V__Kingissepa_nim__kolhoos, lk 12
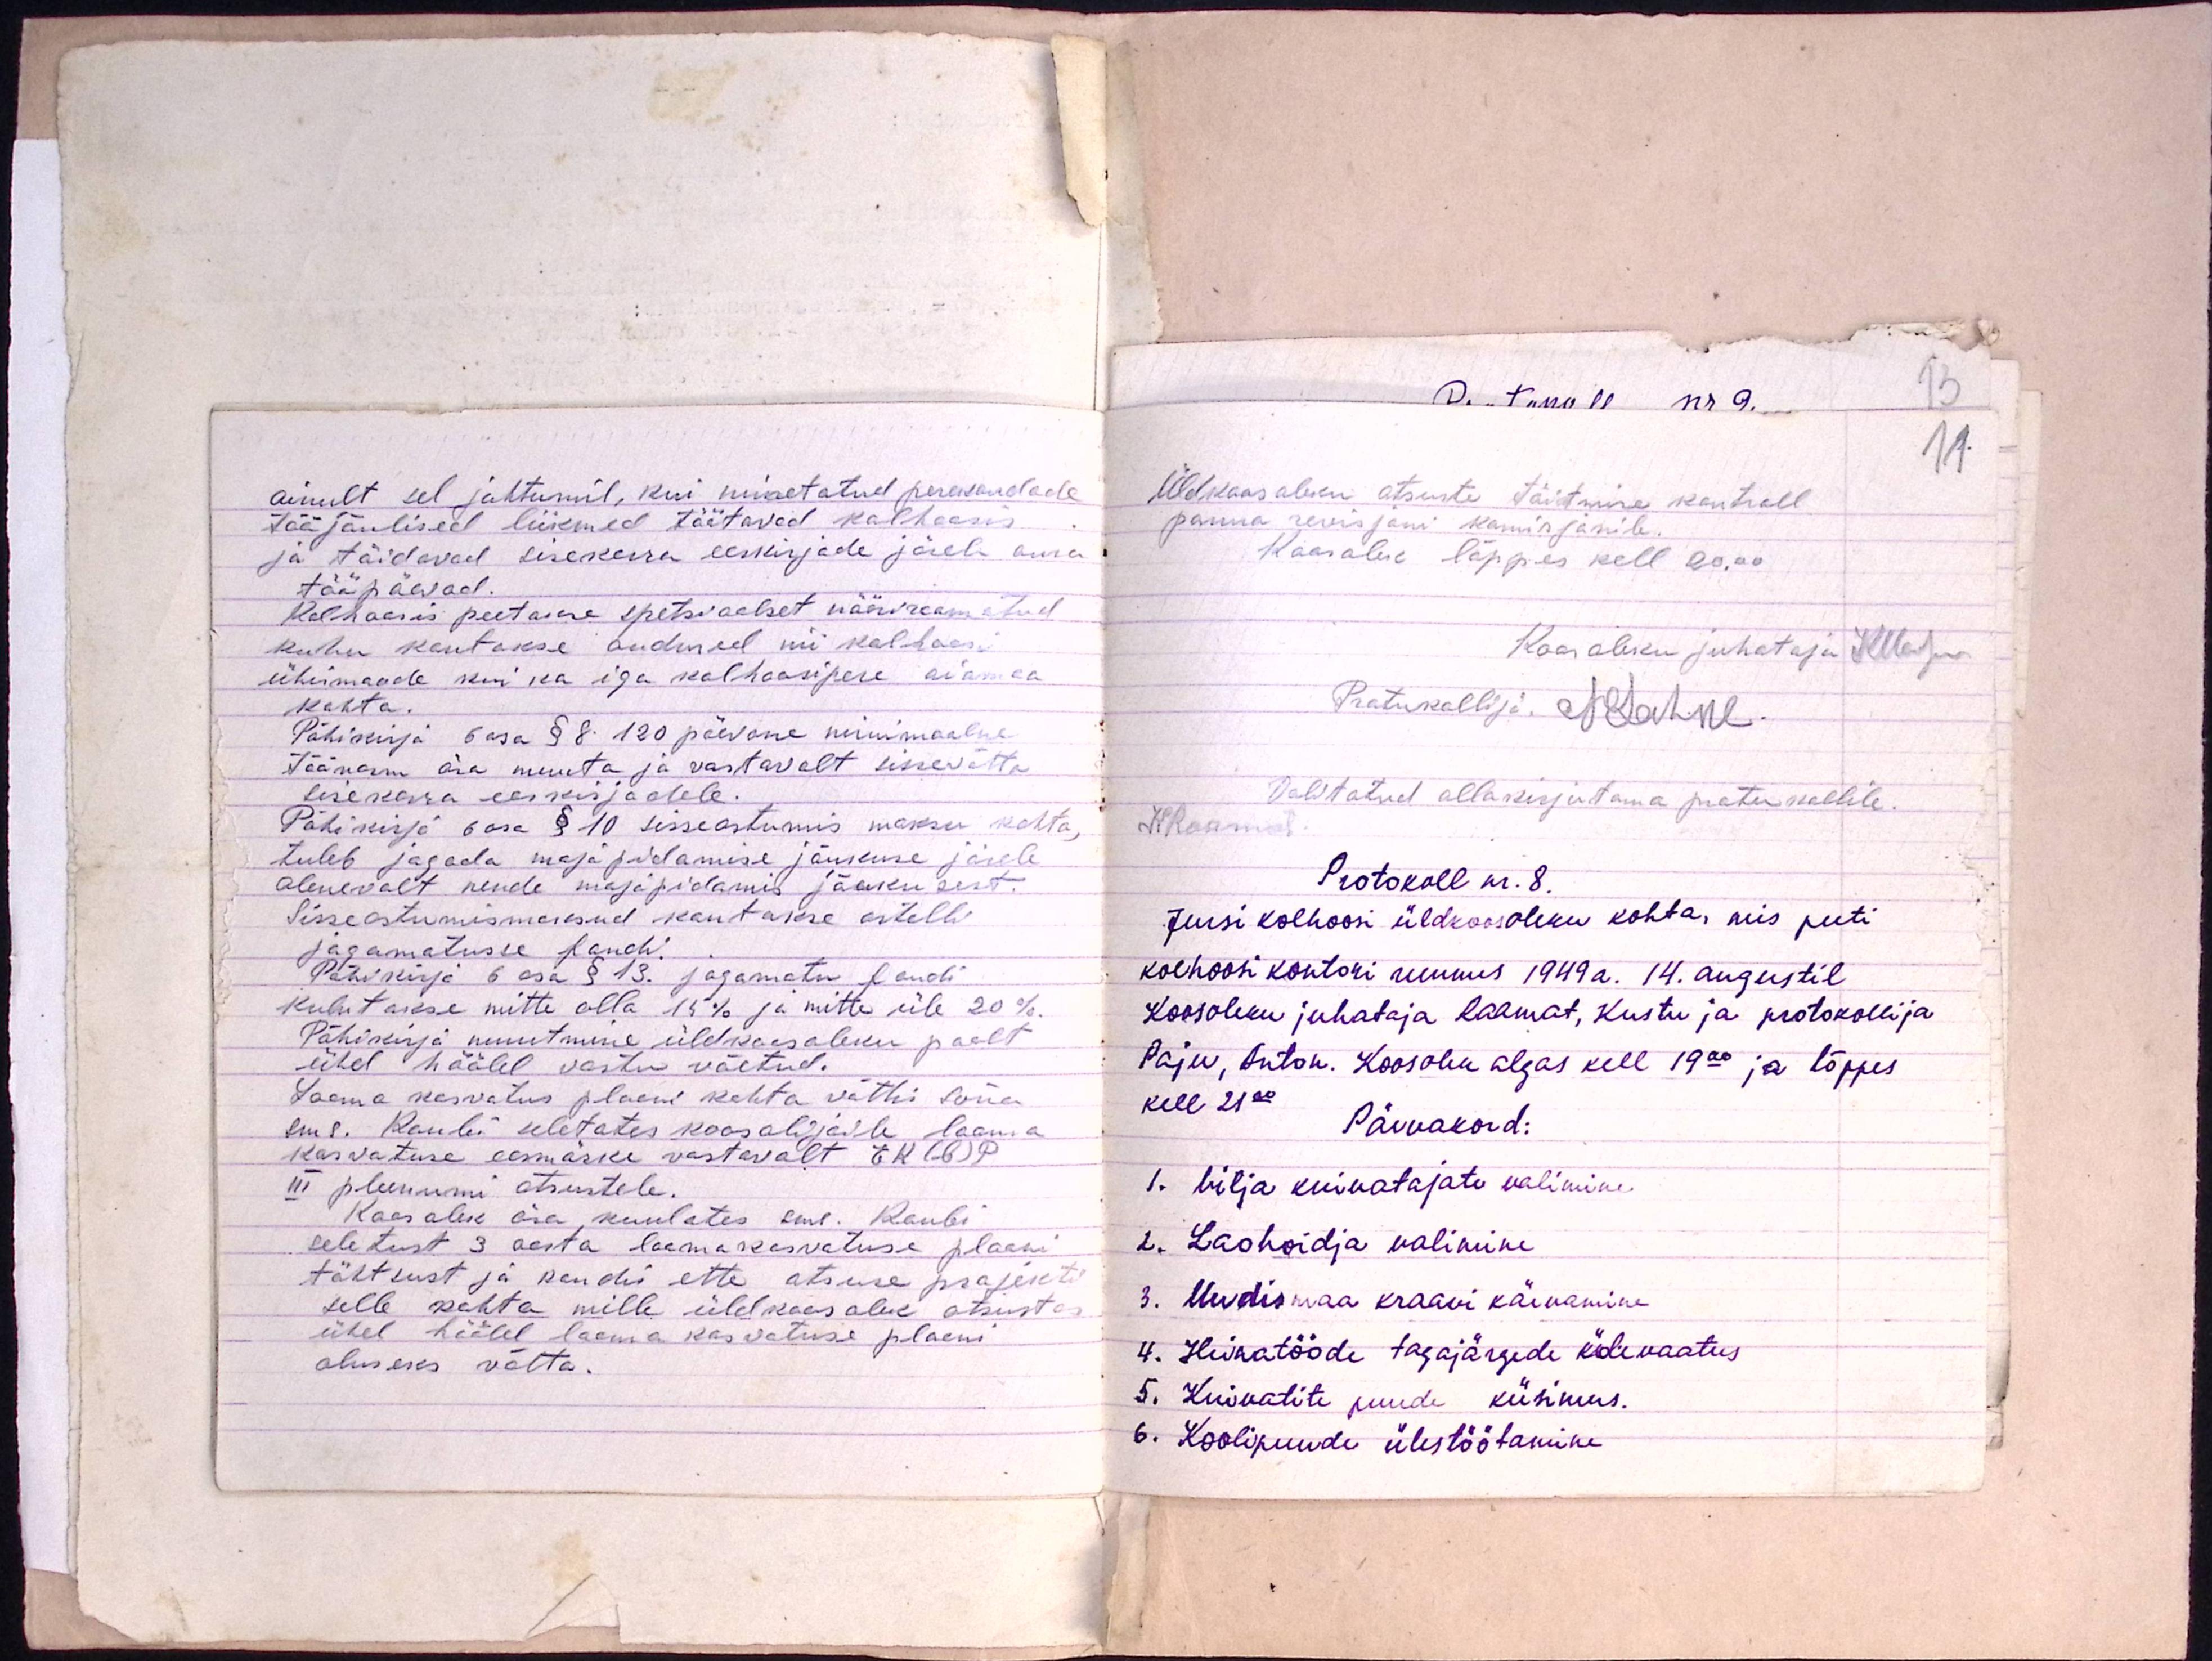
ainult sel juhtumil, kui nimetatud perekondade
tööjõulised liikmed töötavad kolhoosis
ja täidavad sisekorra eeskirjade järele oma
tööpäevad.
Kolhoosis peetakse spetsiaalset nööriraamatud
kuhu kantakse andmed nii kolhoosi
ühismaade kui ka iga kolhoosipere aiamaa.
kohta.
Põhikirja 6 osa § 8. 120 päevane minimaalne
töönorm ära muuta ja vastavalt sissevõtta
Sisekorra eeskirjadele.
Põhikirja 6 osa § 10 sisseastumis maksu kohta,
tuleb jagada majapidamise jõukuse järele
olenevalt nende majapidamis jõukusest.
Sisseastumismaksud kantakse artelli
jagamatusse fondi.
Põhikirja 6 osa § 13. jagamatu fondi
kulutatakse mitte alla 15% ja mitte üle 20%.
Põhikirja muutmine üldkoosoleku poolt
ühel häälel vastu võetud.
Looma kasvatus plaani kohta võttis sõna
sms. Kaubi ületates koosolijaile looma
kasvatuse eesmärke vastavalt EK(b)P
III pleenumi otsustele.
Koosolek ära kuulates sms. Kaubi
seletust 3 aasta loomakasvatuse plaani
tähtsust ja kandis ette otsuse projekti
selle kohta mille üldkoosolek otsustas
ühel häälel looma kasvatuse plaani
aluseks võtta.

11.
Üldkoosoleku otsuste täitmise kontroll
panna revisjoni komisjonile.
Koosolek lõppes kell 20.00
Kaasoleku juhataja Maegu
Protukollija K. Lahke
Volitatud allakirjutama protukollile.
KRaamat
Protokoll nr. 8.
Jursi kolhoosi üldkoosoleku kohta, mis peeti
kolhoosi kontori ruumis 1949 a. 14. augustil
Koosoleku juhataja Raamat, Kustu ja protokollija
Paju, Anton. Koosolek algas kell 19.00 ja lõppes
kell 21.00.
Päevakord:
1. Vilja kuivatajate valimine
2. Laohoidja valimine
3. Uudismaa kraavi käevamine
4. Heinatööde tagajärgede ülevaatus
5. Kuivatite puude küsimus.
6. Koolipuude ülestöötamine